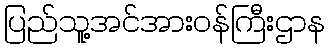
ပြည်သူ့အင်အားဝန်ကြီးဌာန